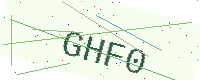
Text: GHF0